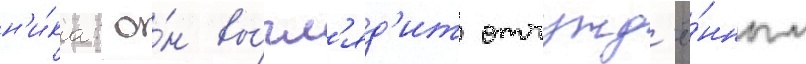
н'и́ка: о́н вы́гл'яд'ит отчужд'ё́нным